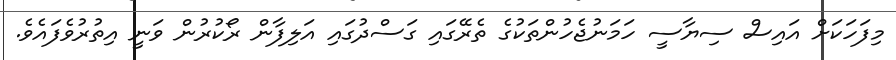
މިފަހަކަށް އައިސް ސިޔާސީ ހަމަނުޖެހުންތަކުގެ ތެރޭގައި ގަސްދުގައި އަލިފާން ރޯކުރުން ވަނީ އިތުރުވެފައެވެ.